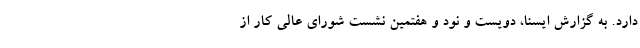
دارد. به گزارش ایسنا، دویست و نود و هفتمین نشست شورای عالی کار از